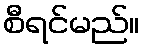
စီရင်မည်။